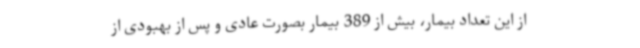
از این تعداد بیمار، بیش از 389 بیمار بصورت عادی و پس از بهبودی از